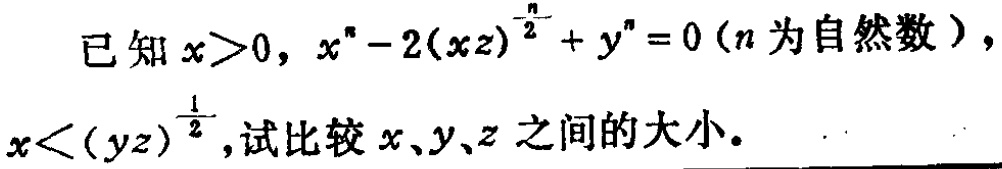
已知\(x>0\)，\(x^{n}-2(xz)^{\frac{n}{2}} + y^{n}=0\)（\(n\)为自然数），\(x<(yz)^{\frac{1}{2}}\)，试比较\(x、y、z\)之间的大小。